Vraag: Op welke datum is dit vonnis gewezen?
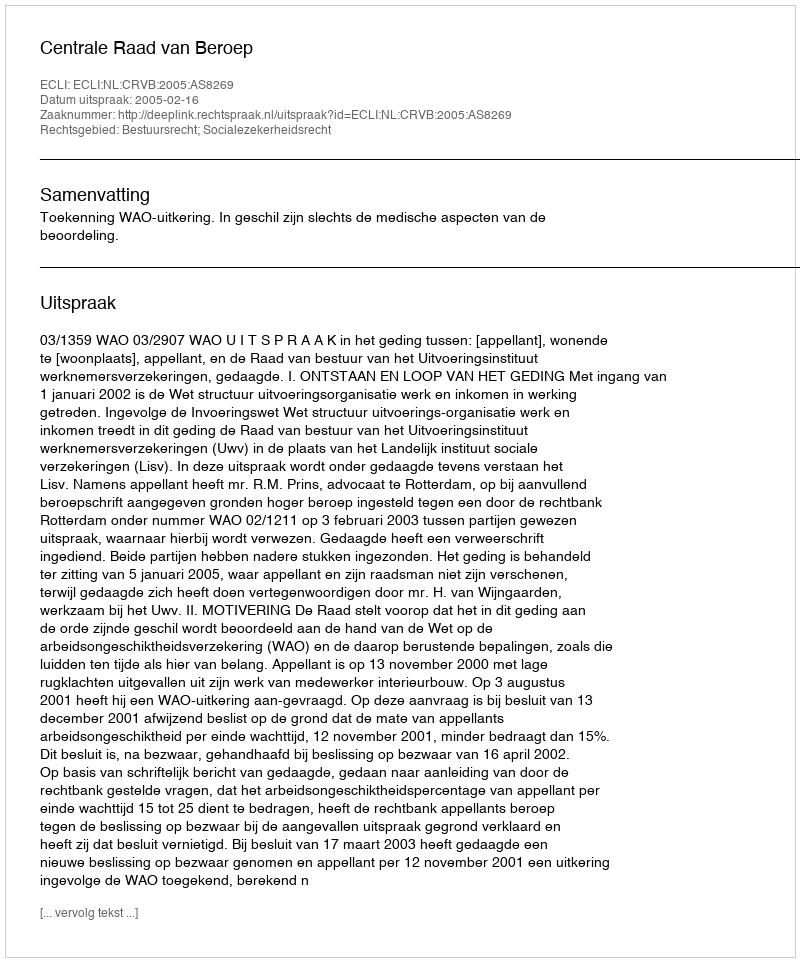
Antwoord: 2005-02-16